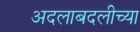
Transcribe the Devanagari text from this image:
अदलाबदलीच्या